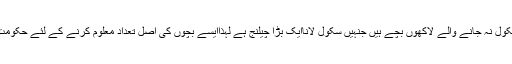
انہوں نے کہا کہ ہمارا سب سے بڑ ا المیہ سکول نہ جانے والے لاکھوں بچے ہیں جنہیں سکول لاناایک بڑا چیلنج ہے لہذاایسے بچوں کی اصل تعداد معلوم کرنے کے لئے حکومت کا گھرگھر سروے کرنے کا پروگرام ہے۔